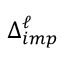
\Delta _ { i m p } ^ { \ell }